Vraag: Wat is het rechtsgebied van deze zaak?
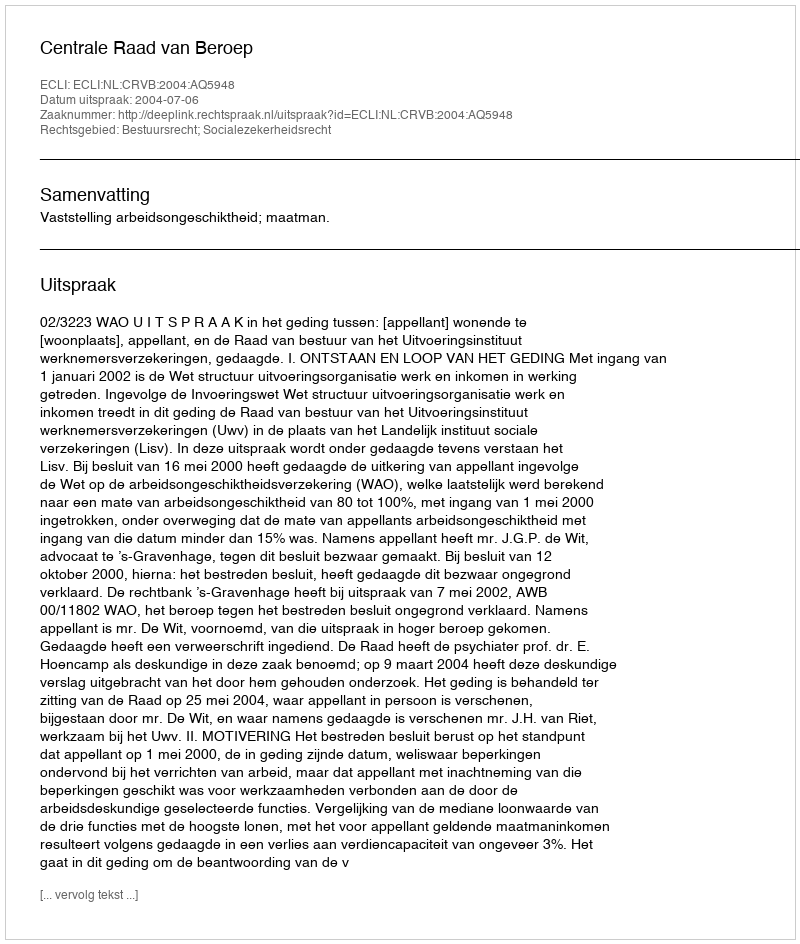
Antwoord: Bestuursrecht; Socialezekerheidsrecht